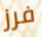
فرز